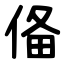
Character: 俻